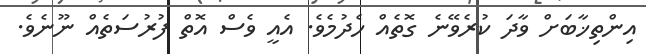
އިންތިޚާބަށް ވާދަ ކުރެވޭނެ ގޮތެއް ހެދުމެވެ. އެއީ ވެސް އޮތް ފުރުސަތެއް ނޫނެވެ.